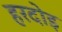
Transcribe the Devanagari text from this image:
हरदोइ